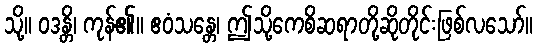
သို့။ ဝဒန္တိ၊ ကုန်၏။ ဧဝံသန္တေ၊ ဤသို့ကေစိဆရာတို့ဆိုတိုင်းဖြစ်လသော်။